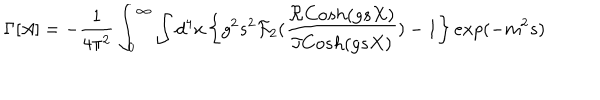
\Gamma [ A ] = - \frac { 1 } { 4 \pi ^ { 2 } } \int _ { 0 } ^ { \infty } \int d ^ { 4 } x \left\{ g ^ { 2 } s ^ { 2 } { \cal F } _ { 2 } ( \frac { \Re C o s h ( g s X ) } { \Im C o s h ( g s X ) } ) - 1 \right\} e x p ( - m ^ { 2 } s )